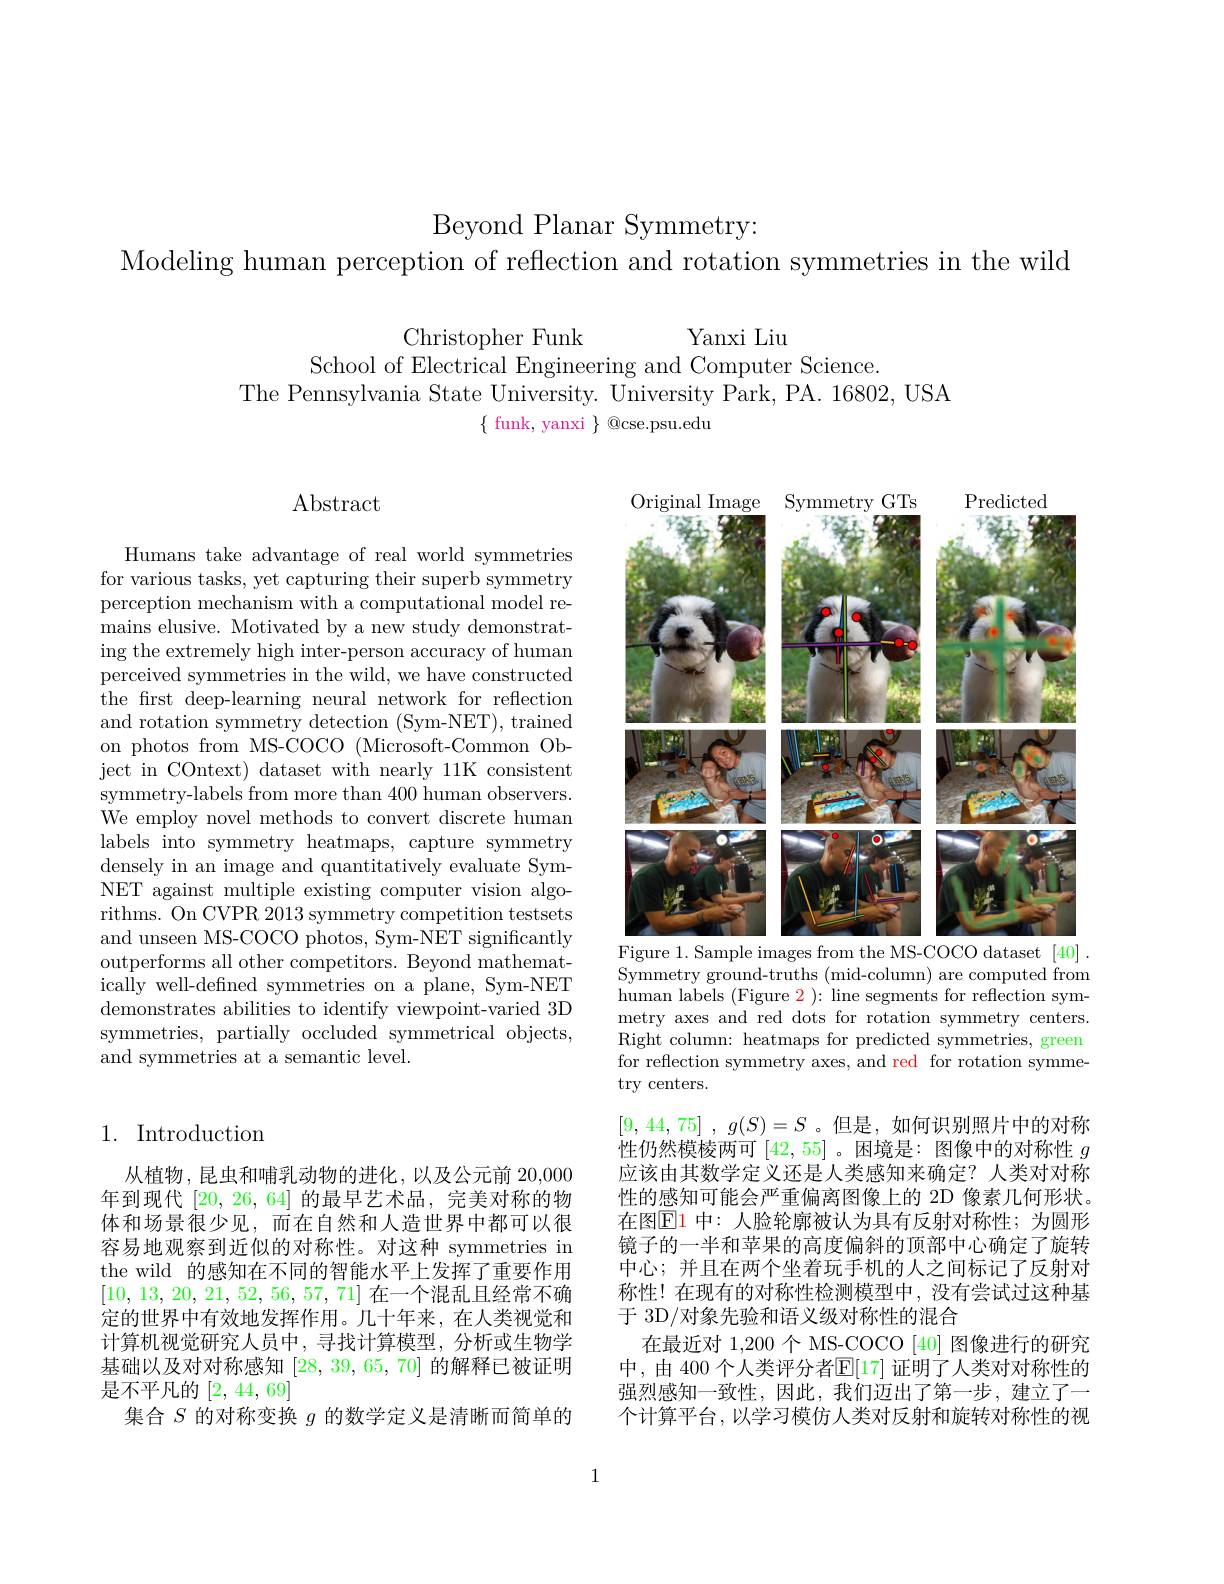
Beyond Planar Symmetry:
Modeling human perception of reflection and rotation symmetries in the wild

Christopher Funk
Yanxi Liu
School of Electrical Engineering and Computer Science.
The Pennsylvania State University. University Park, PA. 16802, USA
$\{$ funk, yanxi $\}$ @cse.psu.edu

# $\operatorname{Abstract}$

<FigureHere>
Figure 1. Sample images from the MS-COCO dataset [40] .

Humans take advantage of real world symmetries for various tasks, yet capturing their superb symmetry perception mechanism with a computational model remains elusive. Motivated by a new study demonstrating the extremely high inter-person accuracy of human perceived symmetries in the wild, we have constructed the first deep-learning neural network for reflection and rotation symmetry detection (Sym-NET), trained on photos from MS-COCO (Microsoft-Common Object in COntext) dataset with nearly 11K consistent symmetry-labels from more than 400 human observers. We employ novel methods to convert discrete human labels into symmetry heatmaps, capture symmetry densely in an image and quantitatively evaluate SymNET against multiple existing computer vision algorithms. On CVPR 2013 symmetry competition testsets and unseen MS-COCO photos, Sym-NET significantly outperforms all other competitors. Beyond mathematically well-defined symmetries on a plane, Sym-NET demonstrates abilities to identify viewpoint-varied 3D symmetries, partially occluded symmetrical objects, and symmetries at a semantic level.

Symmetry ground-truths (mid-column) are computed from human labels (Figure 2 ): line segments for reflection symmetry axes and red dots for rotation symmetry centers. Right column: heatmaps for predicted symmetries, green for reflection symmetry axes, and red for rotation symmetry centers.

## 1. Introduction

[9,44,75] , $g( S) = S$ 。但是，如何识别照片中的对称性仍然模棱两可[42,55] 。困境是：图像中的对称性$g$ 应该由其数学定义还是人类感知来确定？人类对对称性的感知可能会严重偏离图像上的 2D 像素几何形状。在图$\mathbb{E}$1 中：人脸轮廓被认为具有反射对称性；为圆形镜子的一半和苹果的高度偏斜的顶部中心确定了旋转中心；并且在两个坐着玩手机的人之间标记了反射对称性！在现有的对称性检测模型中，没有尝试过这种基于 3D/对象先验和语义级对称性的混合
在最近对 1,200 个 MS-COCO [40] 图像进行的研究中，由 400 个人类评分者$\mathbb{E}[17]$ 证明了人类对对称性的强烈感知一致性，因此，我们迈出了第一步，建立了一个计算平台，以学习模仿人类对反射和旋转对称性的视

从植物，昆虫和哺乳动物的进化，以及公元前 20,000年到现代[20,26,64]的最早艺术品，完美对称的物体和场景很少见，而在自然和人造世界中都可以很容易地观察到近似的对称性。对这种 symmetries in the wild 的感知在不同的智能水平上发挥了重要作用[10, 13, 20, 21, 52, 56, 57, 71]在一个混乱且经常不确定的世界中有效地发挥作用。几十年来，在人类视觉和计算机视觉研究人员中，寻找计算模型，分析或生物学基础以及对对称感知[28,39,65,70]的解释已被证明是不平凡的[2,44,69]
集合$S$的对称变换$g$的数学定义是清晰而简单的

1